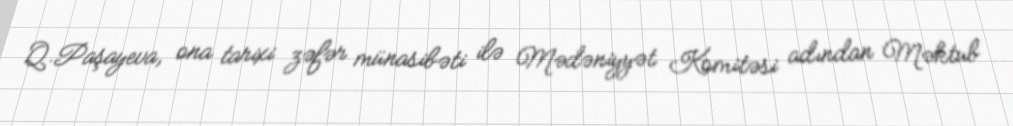
Q.Paşayeva, ona tarixi zəfər münasibəti ilə Mədəniyyət Komitəsi adından Məktub